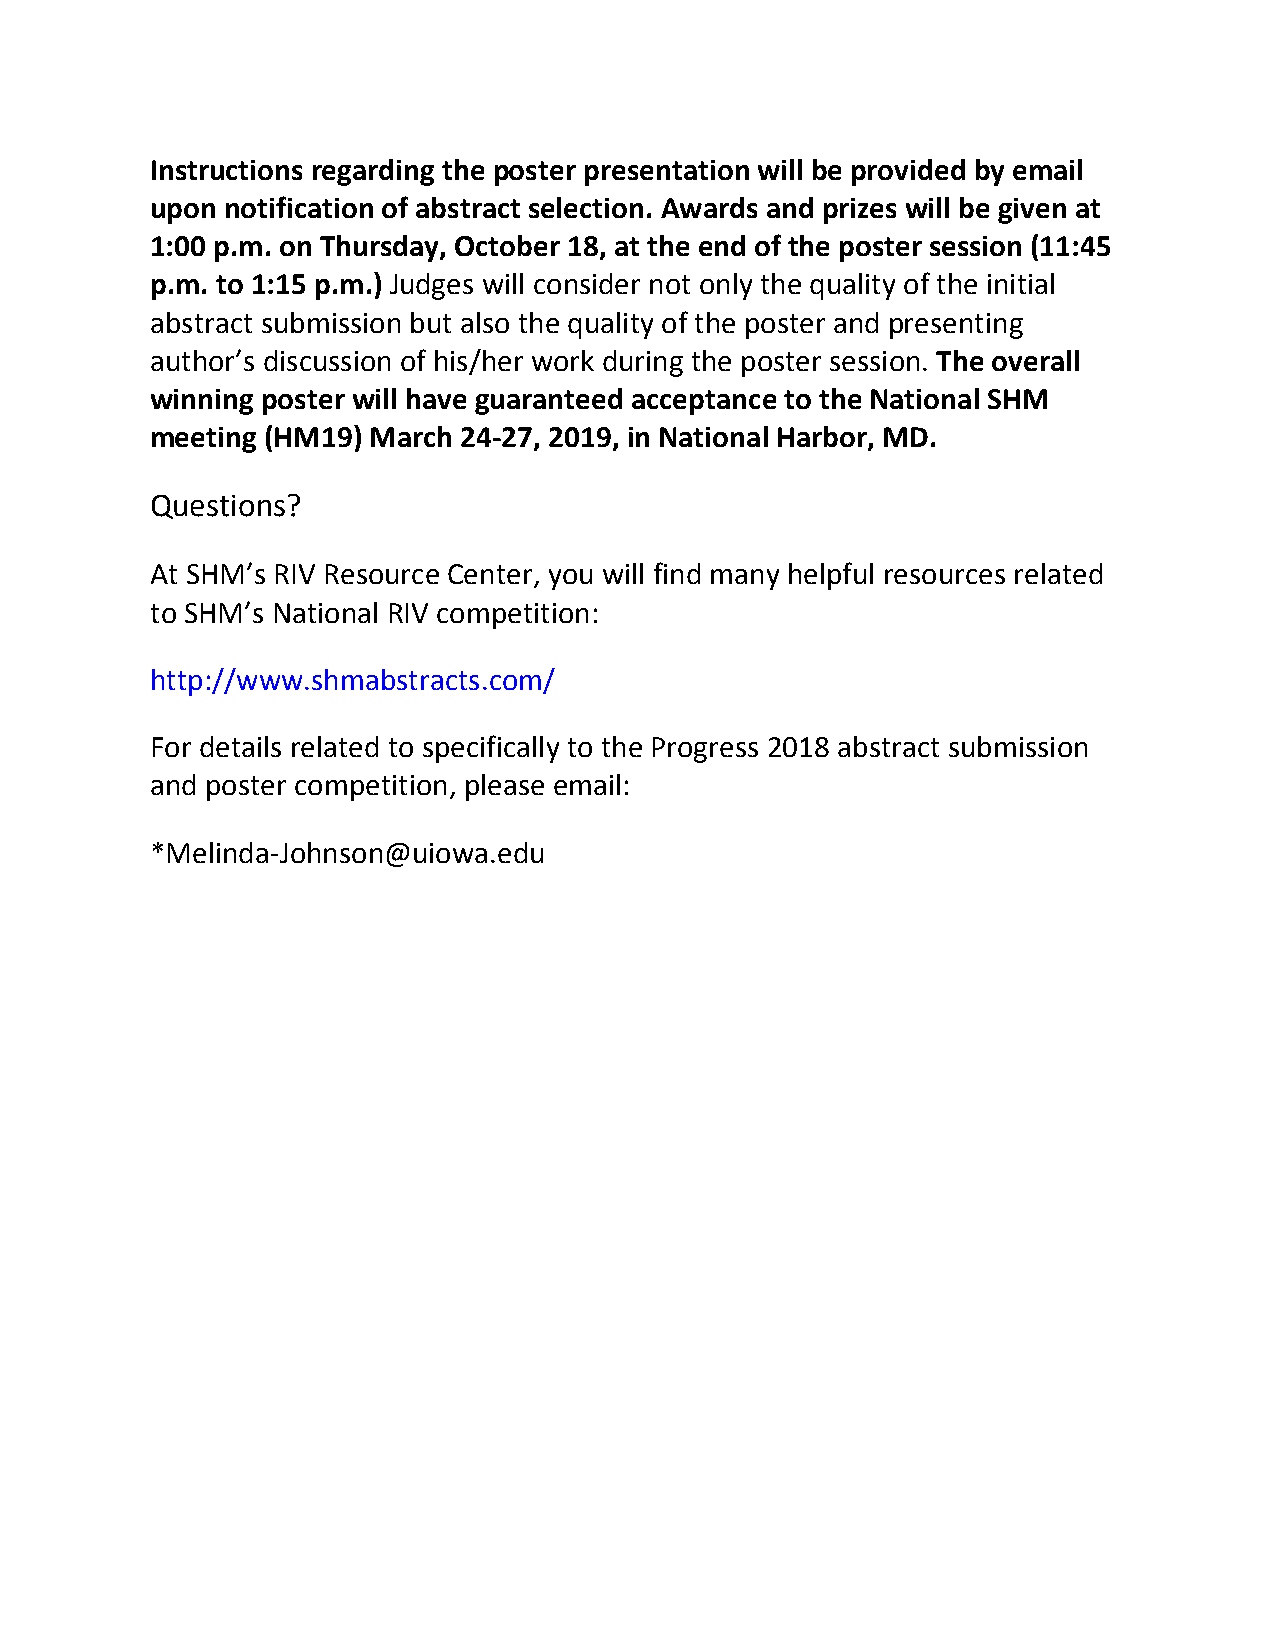
Instructions regarding the poster presentation will be provided by email
 upon notification of abstract selection. Awards and prizes will be given at
 1:00 p.m. on Thursday, October 18, at the end of the poster session (11:45
 p.m. to 1:15 p.m.) Judges will consider not only the quality of the initial
 abstract submission but also the quality of the poster and presenting
 author’s discussion of his/her work during the poster session. The overall
 winning poster will have guaranteed acceptance to the National SHM
 meeting (HM19) March 24‐27, 2019, in National Harbor, MD.
 Questions?
 At SHM’s RIV Resource Center, you will find many helpful resources related
 to SHM’s National RIV competition:
 http://www.shmabstracts.com/
 For details related to specifically to the Progress 2018 abstract submission
 and poster competition, please email:
 *Melinda‐Johnson@uiowa.edu